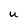
Character: u